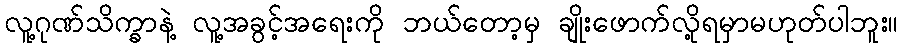
လူ့ဂုဏ်သိက္ခာနဲ့ လူ့အခွင့်အရေးကို ဘယ်တော့မှ ချိုးဖောက်လို့ရမှာမဟုတ်ပါဘူး။